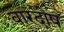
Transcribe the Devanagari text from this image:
वारदोष